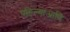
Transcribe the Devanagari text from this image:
पहिल्याआणि